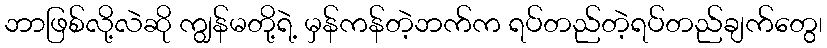
ဘာဖြစ်လို့လဲဆို ကျွန်မတို့ရဲ့ မှန်ကန်တဲ့ဘက်က ရပ်တည်တဲ့ရပ်တည်ချက်တွေ၊